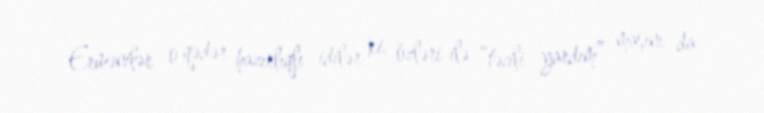
Ermənilər o qədər hazırlıqlı idilər ki, özləri ilə “təcili yardım” maşını da